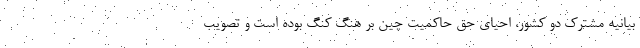
بیانیه مشترک دو کشور، احیای حق حاکمیت چین بر هنگ کنگ بوده است و تصویب